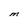
Character: M